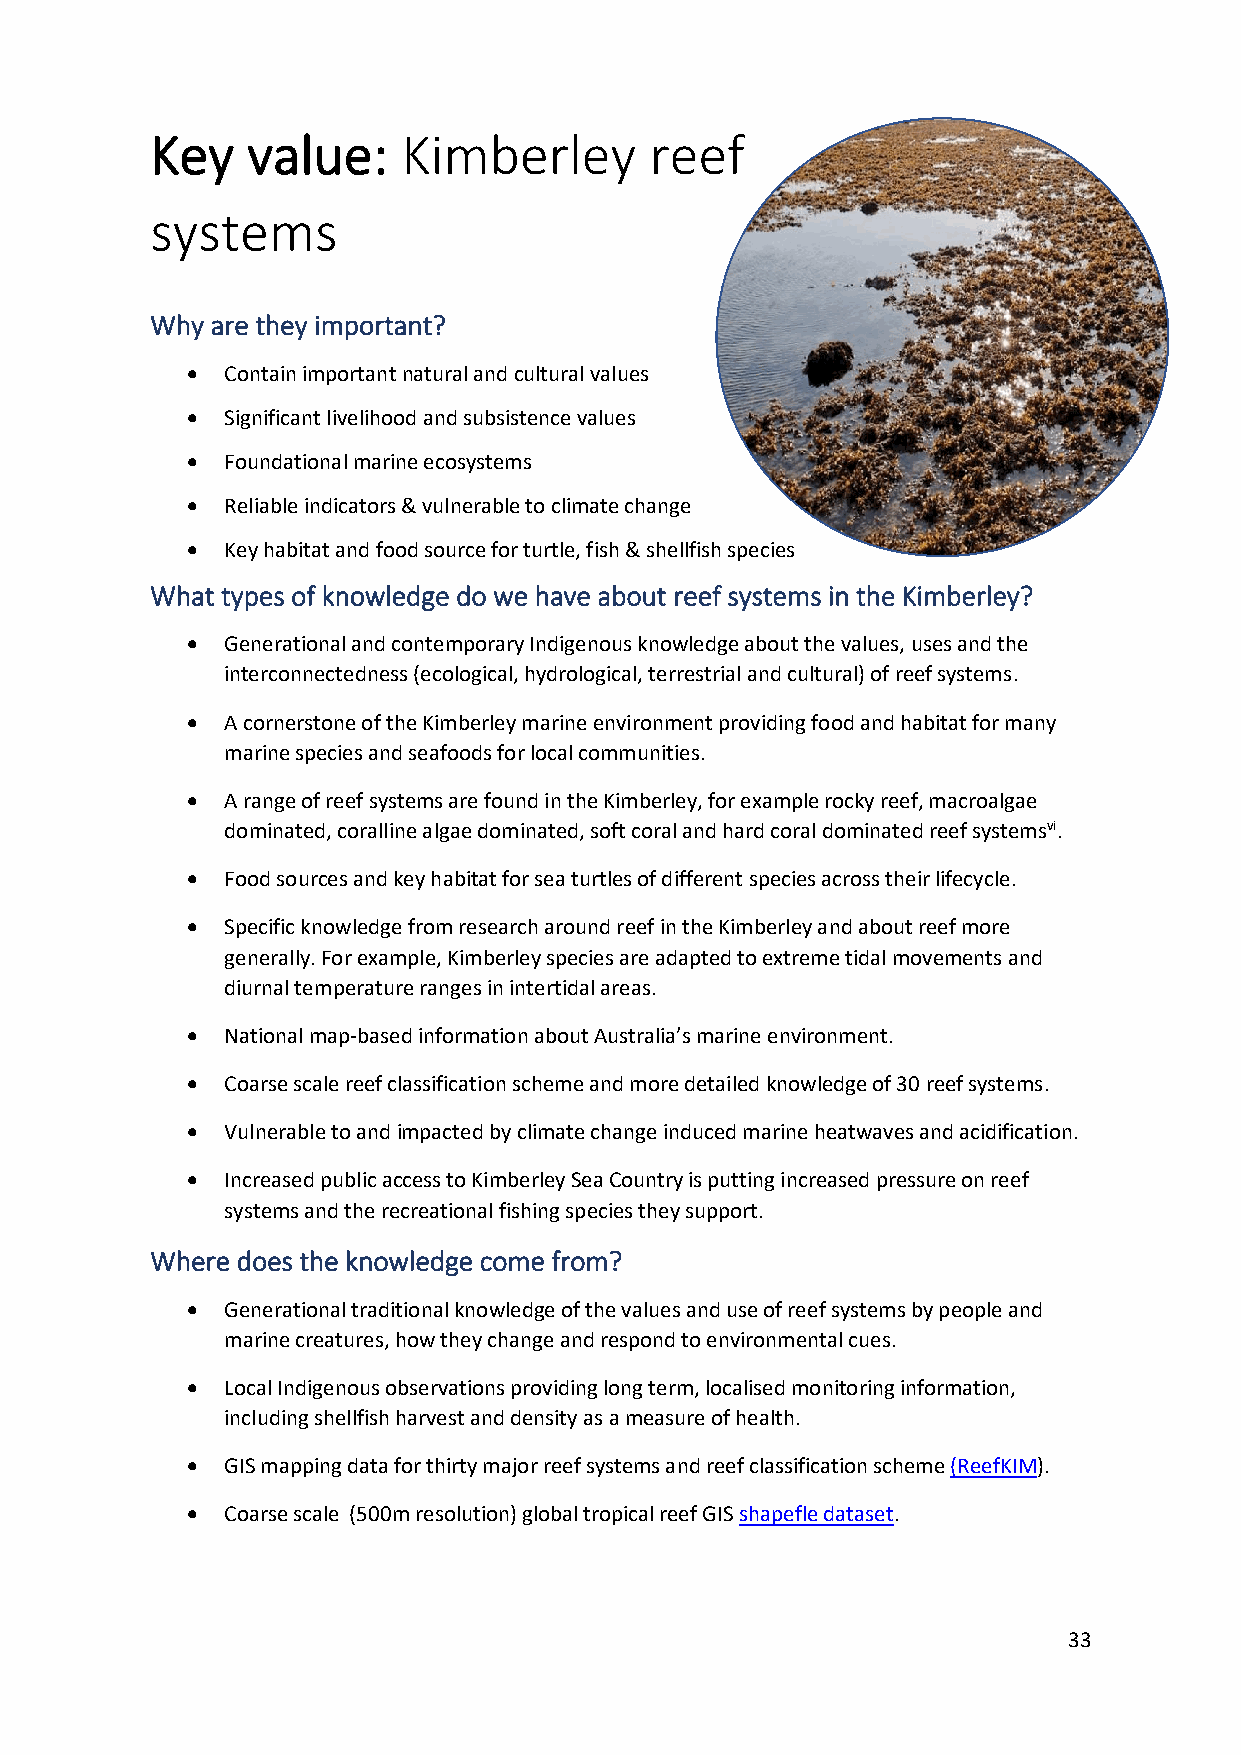
Key   value:     Kimberley       reef
 systems
 Why are they important?
 •  Contain important natural and cultural values
 •  Significant livelihood and subsistence values
 •  Foundational marine ecosystems
 •  Reliable indicators & vulnerable to climate change
 •  Key habitat and food source for turtle, fish & shellfish species
 What types of knowledge do we have about reef systems in the Kimberley?
 •  Generational and contemporary Indigenous knowledge about the values, uses and the
 interconnectedness (ecological, hydrological, terrestrial and cultural) of reef systems.
 •  A cornerstone of the Kimberley marine environment providing food and habitat for many
 marine species and seafoods for local communities.
 •  A range of reef systems are found in the Kimberley, for example rocky reef, macroalgae
 dominated, coralline algae dominated, soft coral and hard coral dominated reef systemsvi.
 •  Food sources and key habitat for sea turtles of different species across their lifecycle.
 •  Specific knowledge from research around reef in the Kimberley and about reef more
 generally. For example, Kimberley species are adapted to extreme tidal movements and
 diurnal temperature ranges in intertidal areas.
 •  National map-based information about Australia’s marine environment.
 •  Coarse scale reef classification scheme and more detailed knowledge of 30 reef systems.
 •  Vulnerable to and impacted by climate change induced marine heatwaves and acidification.
 •  Increased public access to Kimberley Sea Country is putting increased pressure on reef
 systems and the recreational fishing species they support.
 Where does the knowledge come from?
 •  Generational traditional knowledge of the values and use of reef systems by people and
 marine creatures, how they change and respond to environmental cues.
 •  Local Indigenous observations providing long term, localised monitoring information,
 including shellfish harvest and density as a measure of health.
 •  GIS mapping data for thirty major reef systems and reef classification scheme (ReefKIM).
 •  Coarse scale (500m resolution) global tropical reef GIS shapefle dataset.
 33